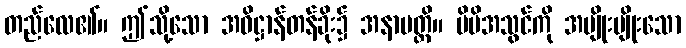
တည်လေ၏။ ဤသို့သော အဓိဋ္ဌာန်တန်ခိုး၌ အနာပတ္တိ။ မိမိအသွင်ကို အမျိုးမျိုးသော